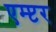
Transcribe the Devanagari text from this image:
एम्प्टर